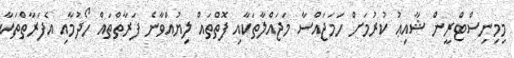
މިމިނިސްޓްރީން ޝާއިޢު ކުރުމަށް ހަމަޖައްސާ މަޖައްލާތަކާއި ފޮތްތައް ލިޔުއްވާނެ ފަރާތްތައް ހޯދުމާއި އެފަރާތްތަކާ